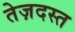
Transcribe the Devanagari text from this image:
तेज़दस्त